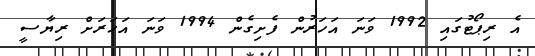
އެ ރިޕޯޓުގައި 1992 ވަނަ އަހަރުން ފެށިގެން 1994 ވަނަ އަހަރަށް ރިޔާސީ